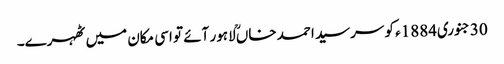
30جنوری1884ء کو سرسید احمد خاںؒ لاہور آئے تو اسی مکان میں ٹھہرے۔